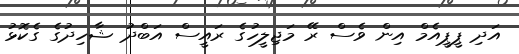
އަދި ޕީޕީއެމް އިން ވެސް ރޭ މަޖިލީހުގެ ރައީސް އަބްދު ޝާހިދުގެ ގެކޮޅު